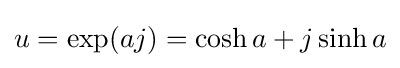
u=\exp(aj)=\cosh a+j\sinh a